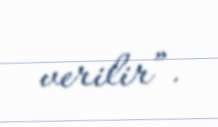
verilir”.